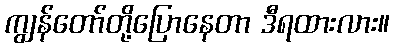
ကျွန်တော်တို့ပြောနေတာ ဒီရထားလား။